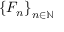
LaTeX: \left\{ F _ { n } \right\} _ { n \in \mathbb { N } }